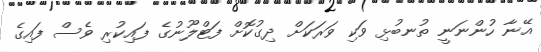
އޭނާ ހުންނަނީ ތުނބުޅި ވަކި ވަރަކަށް ދިގުކޮށް ފަޓްލޫނުގެ ފައިކުރި ވެސް ފައިގެ